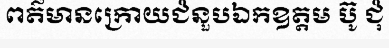
ពត៌មានក្រោយជំនួបឯកឧត្តម ប៊ូ ជុំ